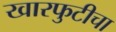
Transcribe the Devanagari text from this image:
खारफुटीचा